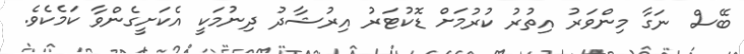
ބޭސް ނަގާ މިންވަރު އިތުރު ކުރުމަށް ޑޮކުޓަރު އިރުޝާދު ދިނުމަކީ އެކަށީގެންވާ ކަމެކެވެ.